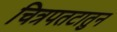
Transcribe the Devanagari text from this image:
चित्रपतटातुन